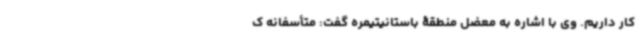
کار داریم. وی با اشاره به معضل منطقۀ باستانیتیمره گفت: متأسفانه ک